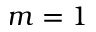
m = 1